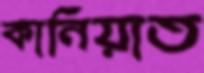
কানিয়াত